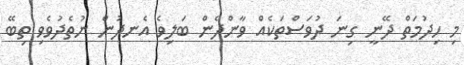
މި ހިދުމަތް ދޭނީ ގިނަ ދުވަސްތަކެއް ވާންދެން ބަލިވެ އެނދުން ނުތެދުވެވި ތިބޭ